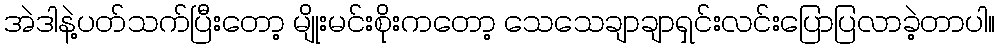
အဲဒါနဲ့ပတ်သက်ပြီးတော့ မျိုးမင်းစိုးကတော့ သေသေချာချာရှင်းလင်းပြောပြလာခဲ့တာပါ။